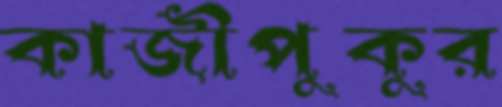
কাজীপুকুর